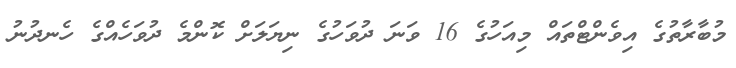
މުބާރާތުގެ އިވެންޓްތައް މިއަހުގެ 16 ވަނަ ދުވަހުގެ ނިޔަލަށް ކޮންމެ ދުވަހެއްގެ ހެނދުނު